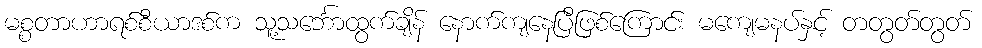
မစ္စတာဟာရစ်စီယာဒစ်က သူ့သင်္ဘောထွက်ချိန် နောက်ကျနေပြီဖြစ်ကြောင်း မကျေမနပ်နှင့် တတွတ်တွတ်